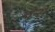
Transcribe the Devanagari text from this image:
ग्वेर्न्से